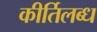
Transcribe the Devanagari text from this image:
कीर्तिलब्ध